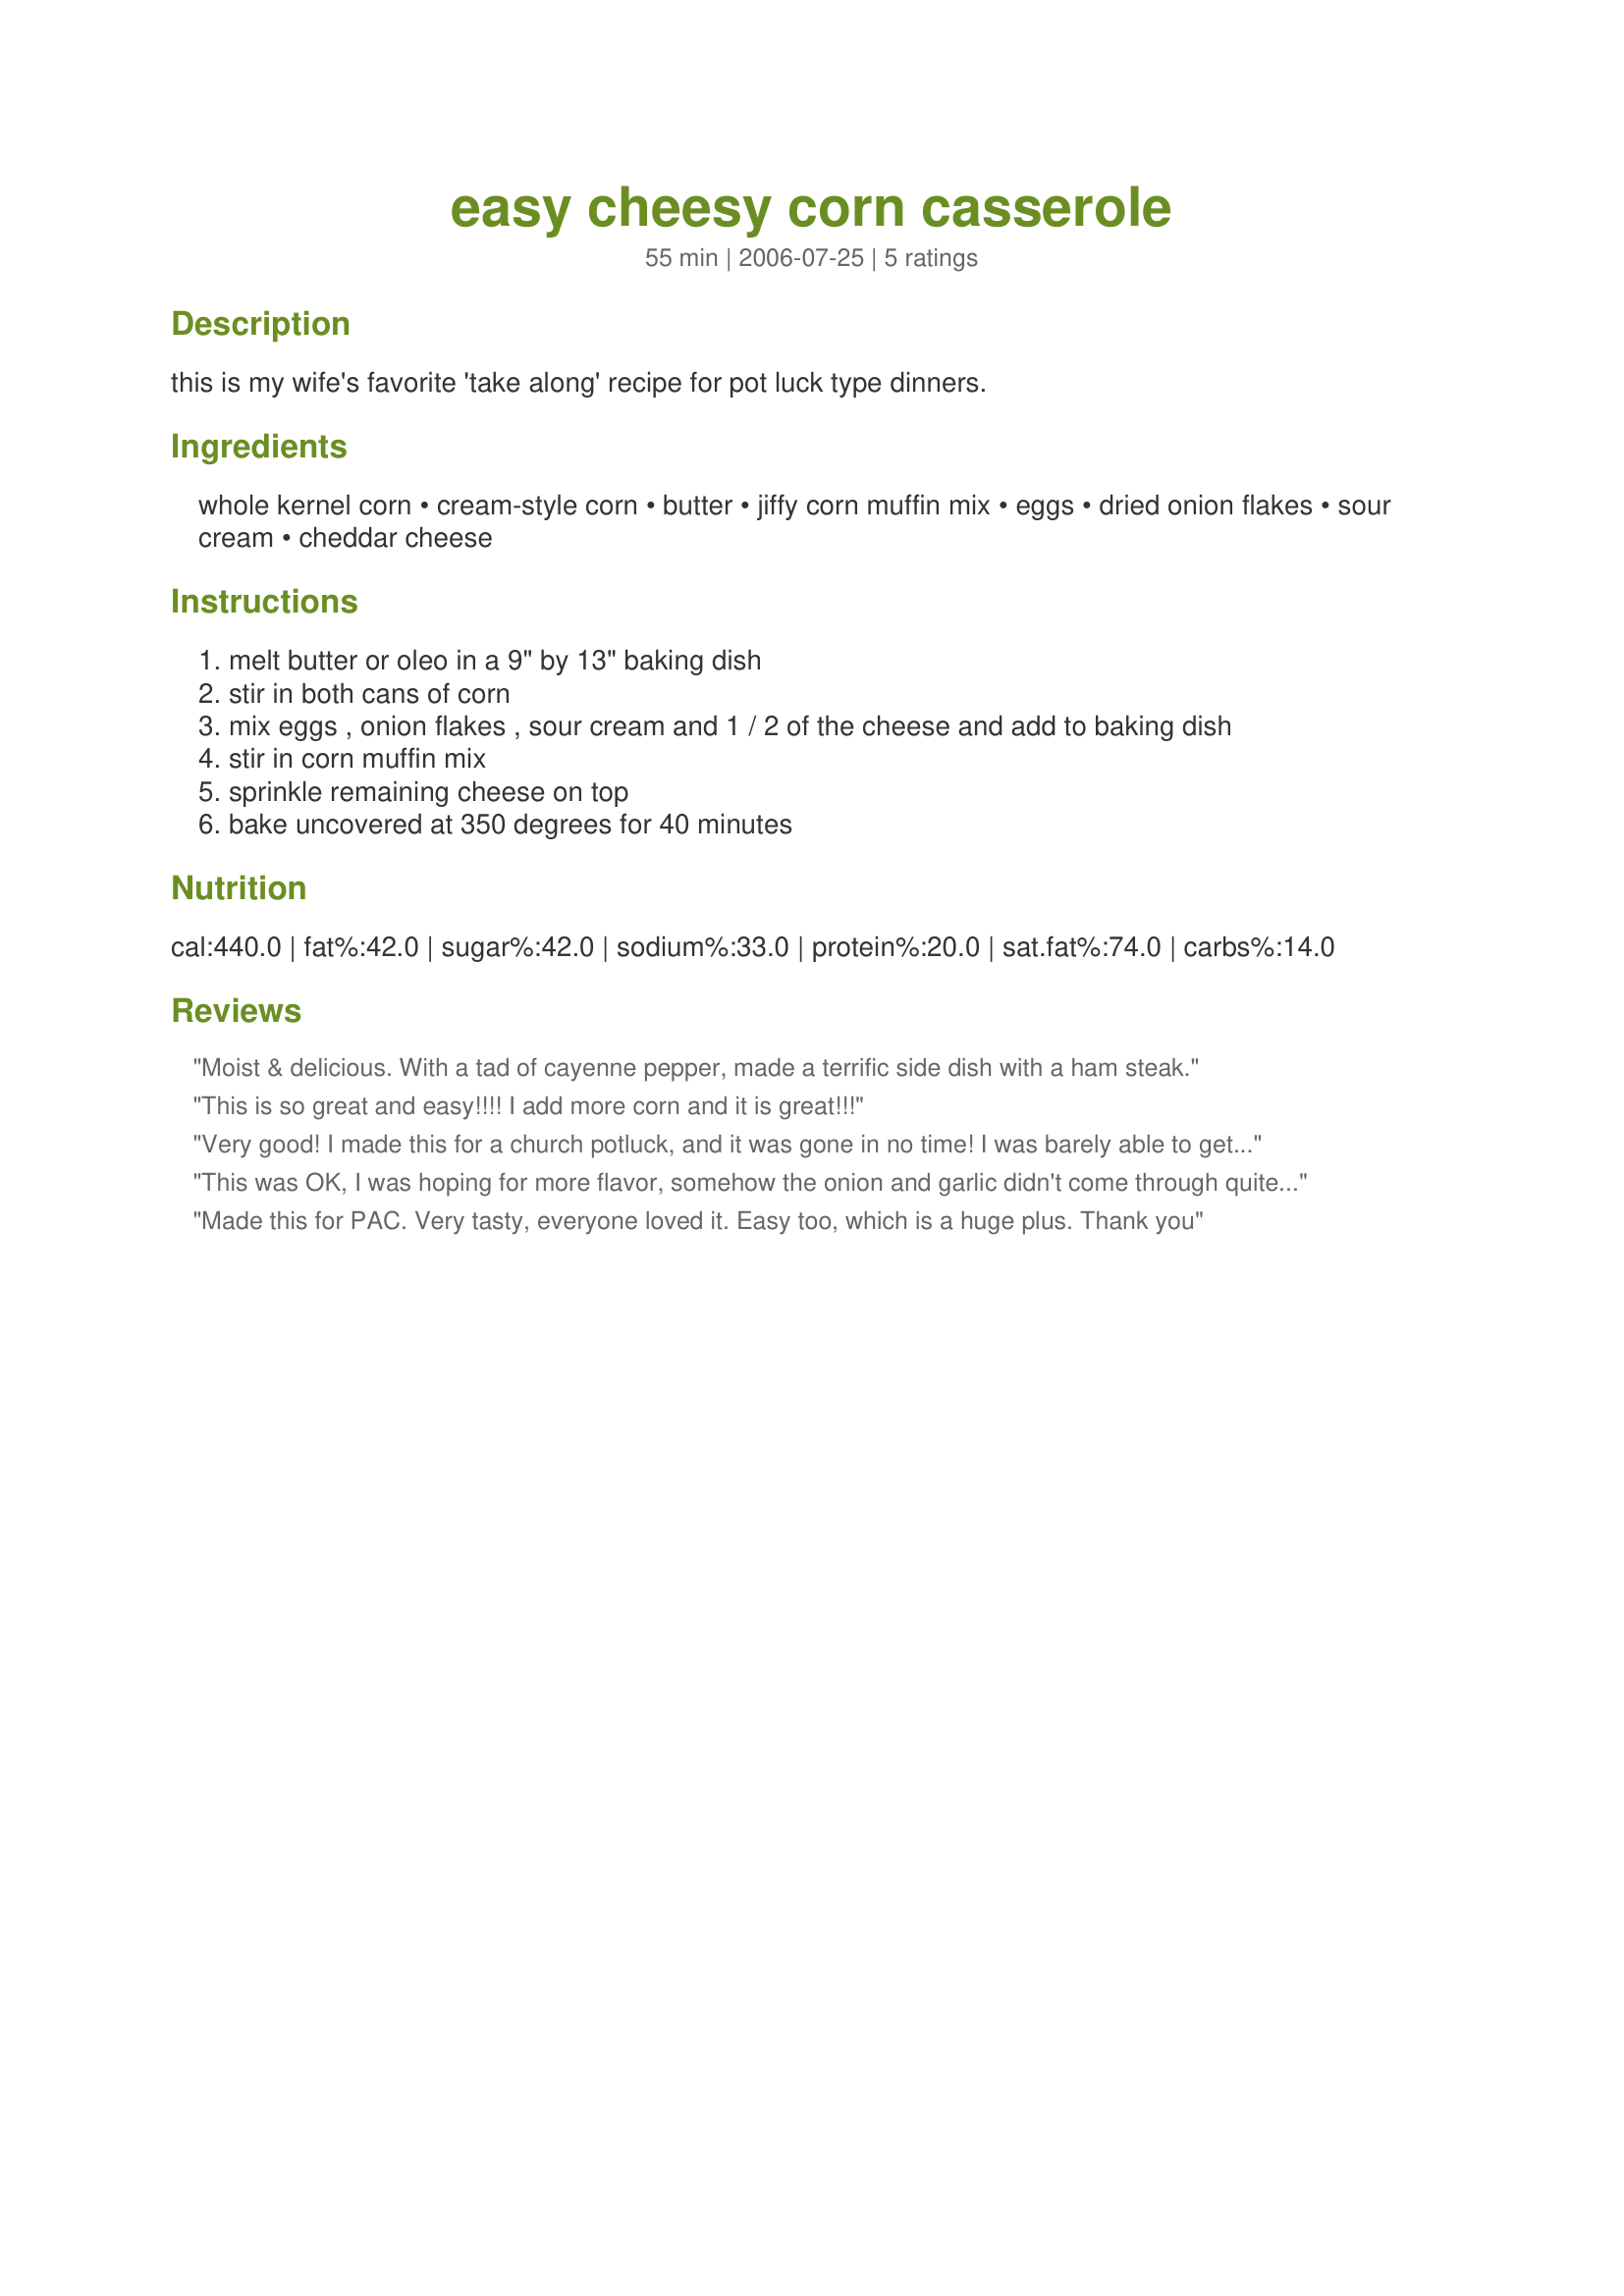
easy cheesy corn casserole
Preparation time: 55 minutes

this is my wife's favorite 'take along' recipe for pot luck type dinners.

Ingredients:
whole kernel corn, cream-style corn, butter, jiffy corn muffin mix, eggs, dried onion flakes, sour cream, cheddar cheese

Steps:
melt butter or oleo in a 9" by 13" baking dish
stir in both cans of corn
mix eggs , onion flakes , sour cream and 1 / 2 of the cheese and add to baking dish
stir in corn muffin mix
sprinkle remaining cheese on top
bake uncovered at 350 degrees for 40 minutes

Reviews:
Moist & delicious. With a tad of cayenne pepper, made a terrific side dish with a ham steak.
This is so great and easy!!!! I add more corn and it is great!!!
Very good! I made this for a church potluck, and it was gone in no time! I was barely able to get a bite myself! I added a small can of green chilies, and used mexican shredded cheese. I will make this for my family when we have our next get-together. Thanks!
This was OK, I was hoping for more flavor, somehow the onion and garlic didn't come through quite enough for us.
Made this for PAC. Very tasty, everyone loved it. Easy too, which is a huge plus. Thank you
